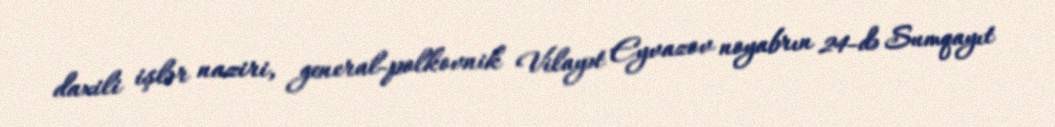
daxili işlər naziri, general-polkovnik Vilayət Eyvazov noyabrın 24-də Sumqayıt